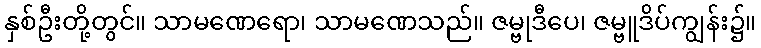
နှစ်ဦးတို့တွင်။ သာမဏေရော၊ သာမဏေသည်။ ဇမ္ဗုဒီပေ၊ ဇမ္ဗူဒိပ်ကျွန်း၌။